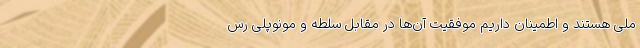
ملی هستند و اطمینان داریم موفقیت آن‌ها در مقابل سلطه و مونوپلی رس